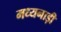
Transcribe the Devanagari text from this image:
मध्यनाड़ी